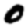
Digit: 0